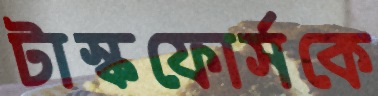
টাস্কফোর্সকে